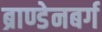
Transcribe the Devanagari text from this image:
ब्राण्डेनबर्ग